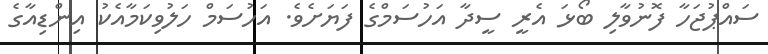
ސަައްޕުޖަހާ ފޮނުވާލި ބޯޅަ އެރީ ސީދާ އަހުސަމްގެ ފަޔަށެވެ. އަހުސަމް ހަލުވިކަމާއެކު އިންޑިއާގެ